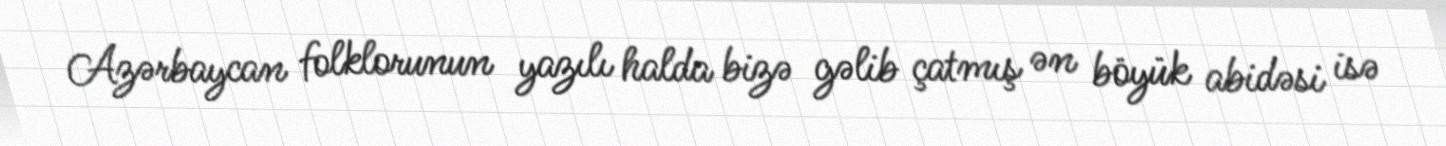
Azərbaycan folklorunun yazılı halda bizə gəlib çatmış ən böyük abidəsi isə